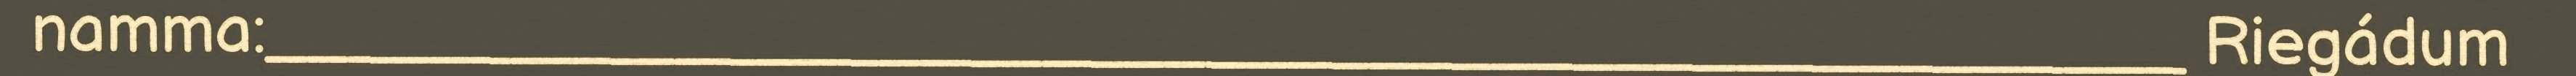
namma:_______________________________________________ Riegádum